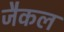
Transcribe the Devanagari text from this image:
जैकल